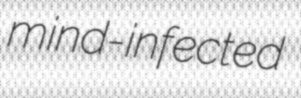
mind-infected